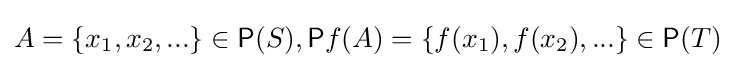
A=\{x_{1},x_{2},...\}\in {\mathsf {P}}(S),{\mathsf {P}}f(A)=\{f(x_{1}),f(x_{2}),...\}\in {\mathsf {P}}(T)